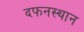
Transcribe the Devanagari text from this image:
दफनस्थान